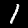
Label: 1